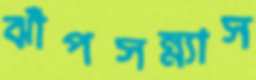
ঝাঁপসন্ন্যাস